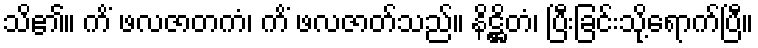
သိ၏။ ကိံ ဖလဇာတကံ၊ ကိံ ဖလဇာတ်သည်။ နိဋ္ဌိတံ၊ ပြီးခြင်းသို့ရောက်ပြီ။